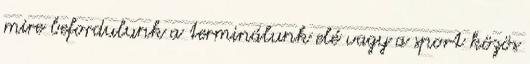
mire befordulunk a terminálunk elé vagy a sport közös